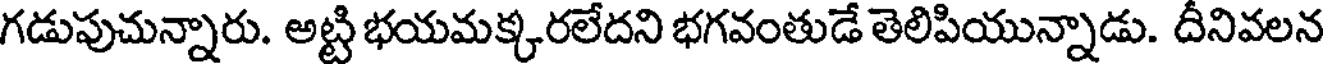
గడుపుచున్నారు. అట్టి భయమక్కరలేదని భగవంతుడే తెలిపియున్నాడు. దీనివలన